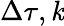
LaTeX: \Delta\tau,\mathit{k}